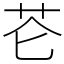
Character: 芲